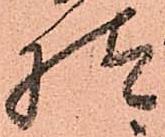
様